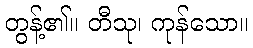
တွန့်၏။ တီသု၊ ကုန်သော။